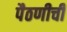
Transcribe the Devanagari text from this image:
पैठणीची